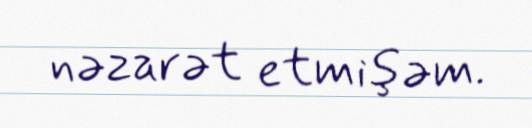
nəzarət etmişəm.